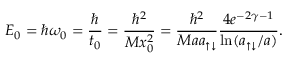
E _ { 0 } = \hbar \omega _ { 0 } = \frac { \hbar } { t _ { 0 } } = \frac { \hbar ^ { 2 } } { M x _ { 0 } ^ { 2 } } = \frac { \hbar ^ { 2 } } { M a a _ { \uparrow \downarrow } } \frac { 4 e ^ { - 2 \gamma - 1 } } { \ln ( a _ { \uparrow \downarrow } / a ) } .